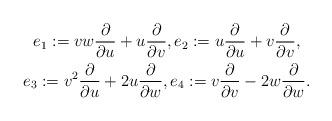
LaTeX: \begin{gather*}e_1:=vw\frac{\partial }{\partial u}+u \frac{\partial }{\partial v}, e_2:=u\frac{\partial }{\partial u}+v \frac{\partial }{\partial v},\\ e_3:= v^2 \frac{\partial }{\partial u}+2u\frac{\partial}{\partial w}, e_4:= v\frac{\partial }{\partial v}-2w \frac{\partial }{\partial w}.\end{gather*}